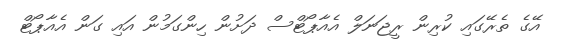
އޭގެ ތެރޭގައި ކުރިން ރީޖަނަލް އެއާޕޯޓްސް ދަށުން ހިންގަމުން އައި ގަން އެއާޕޯޓް